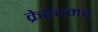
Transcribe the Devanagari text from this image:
क्रेश्चमर